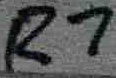
Text: R7